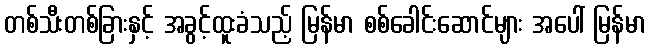
တစ်သီးတစ်ခြားနှင့် အခွင့်ထူးခံသည့် မြန်မာ စစ်ခေါင်းဆောင်များ အပေါ် မြန်မာ